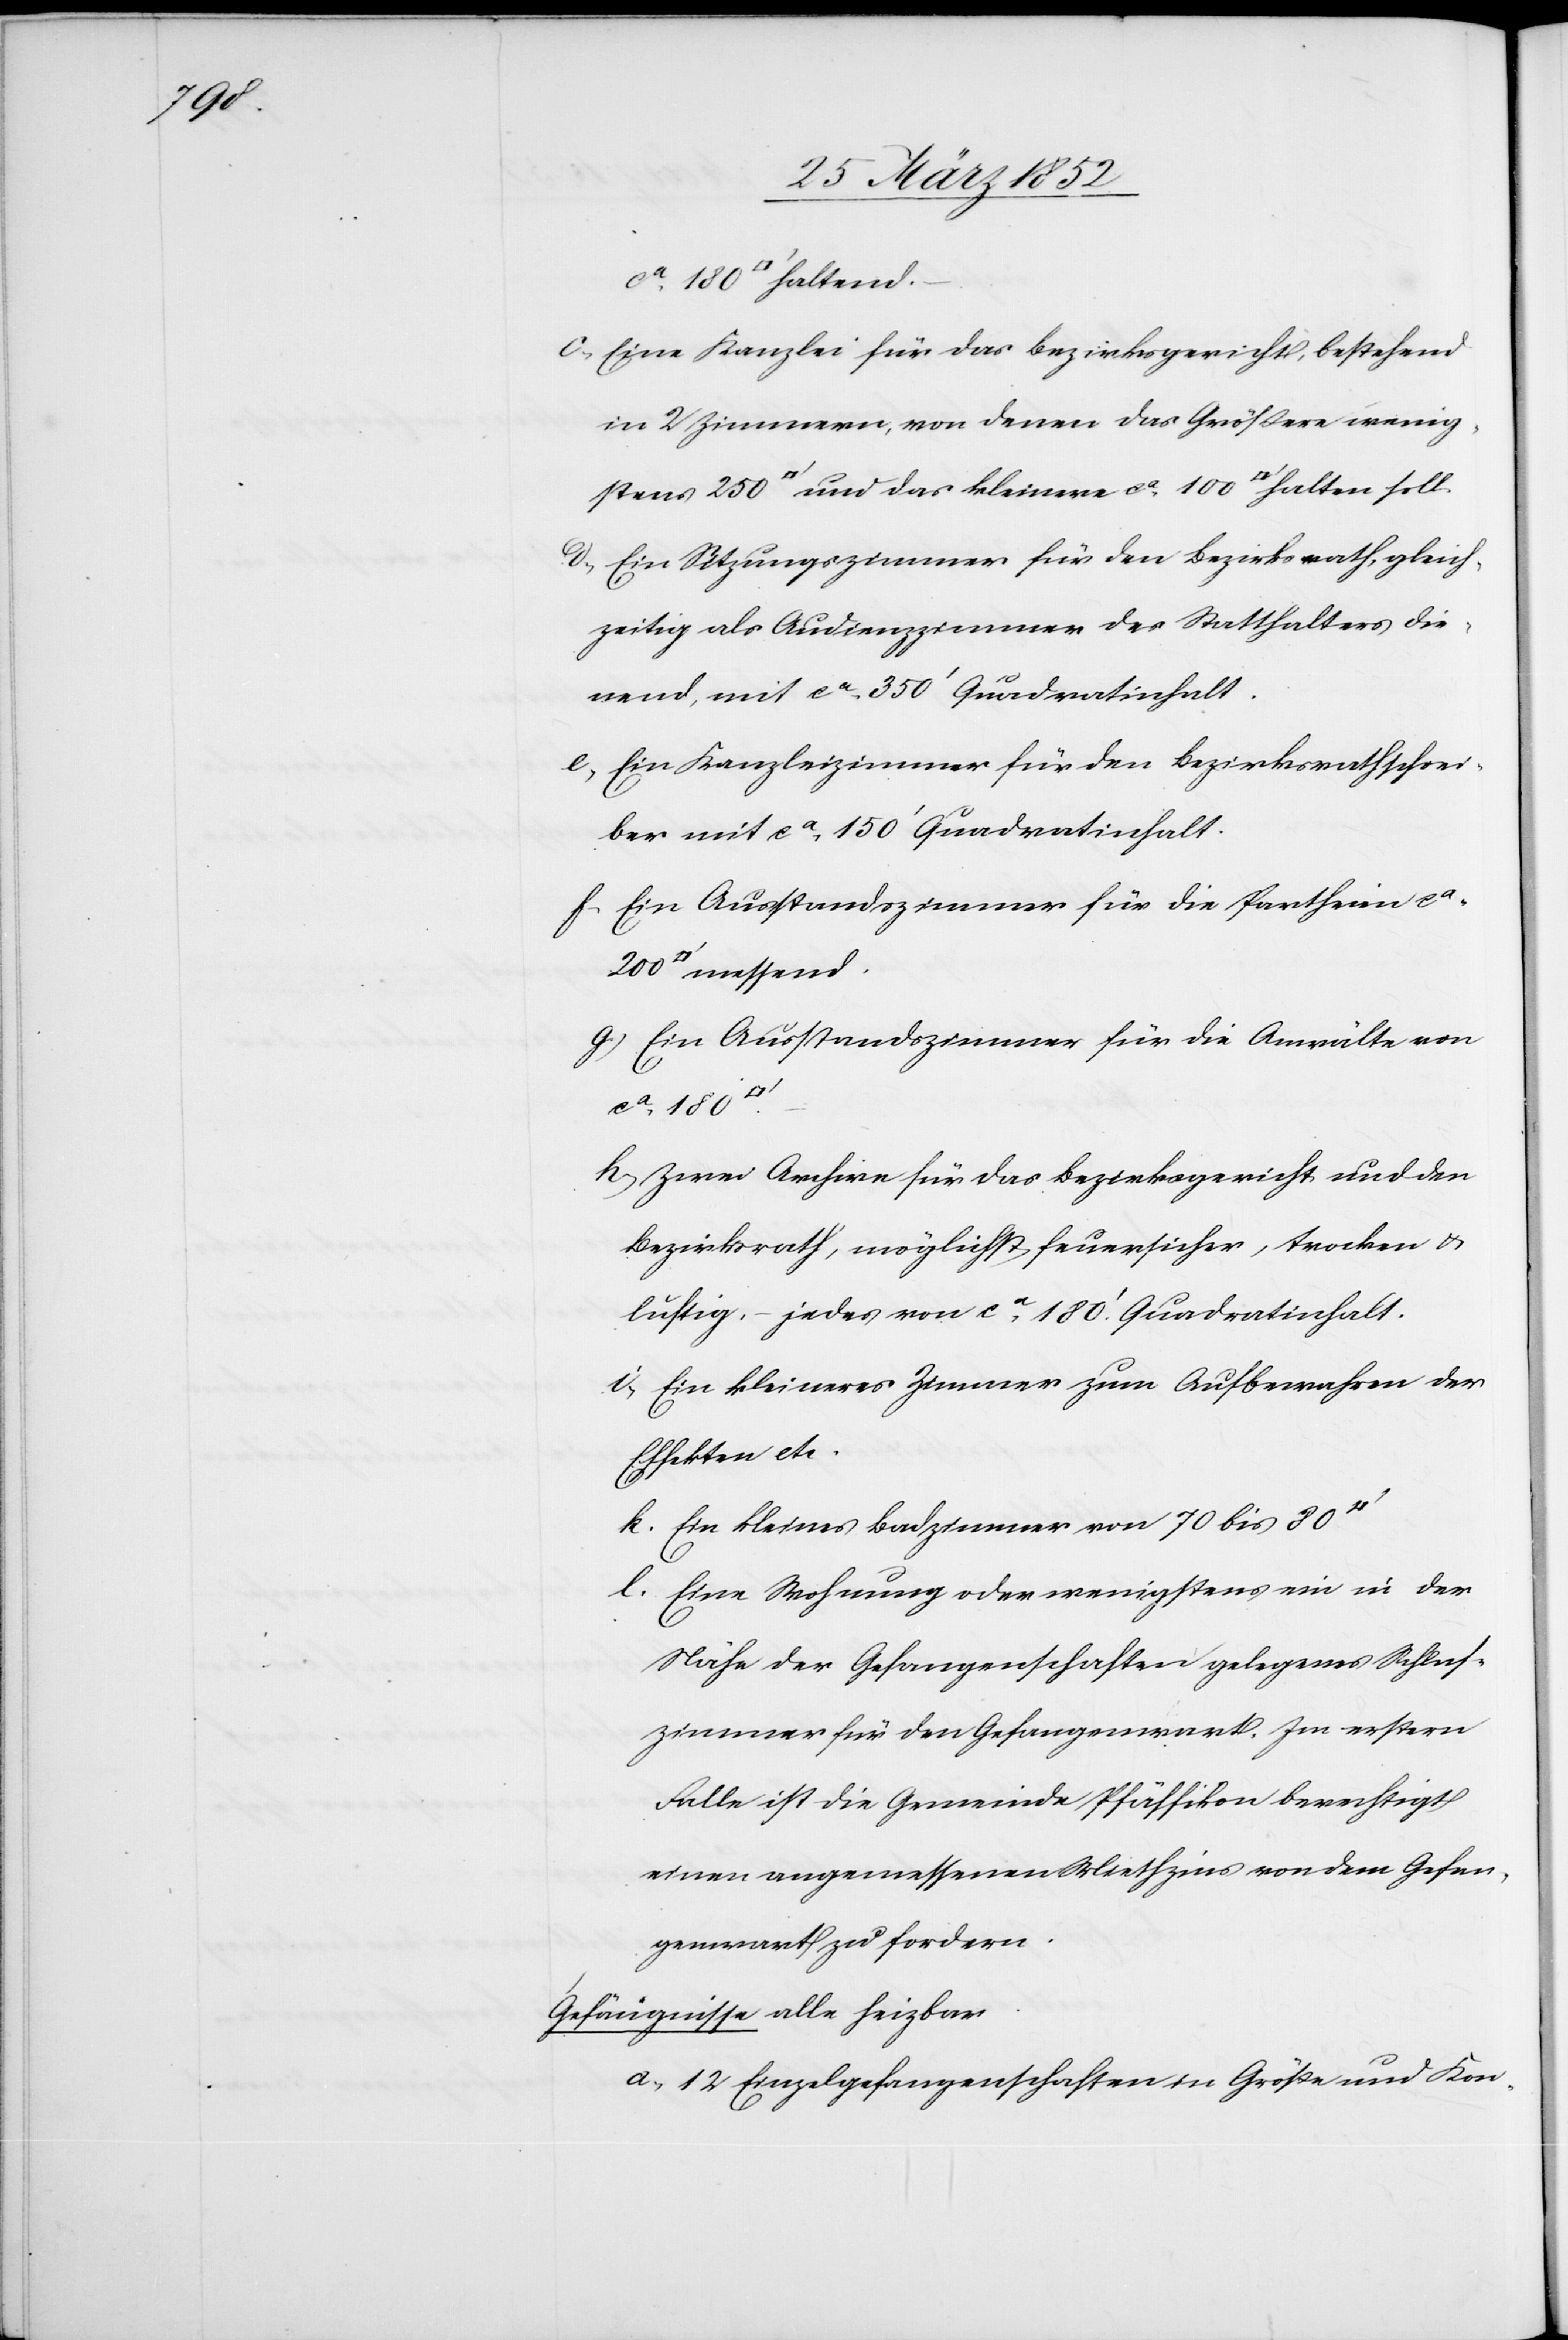
200

Eine Kanzlei für das Bezirksgericht, bestehend
in 2 Zimmern, von denen das Größere wenig¬
Ein Sitzungszimmer für den Bezirksrath, gleich¬
zeitig als Audienzzimmer des Statthalters die¬
nend, mit ca 350‘ Quadratinhalt.
Ein Kanzleizimmer für den Bezirksrathschrei¬
ber mit ca 150‘ Quadratinhalt.
Ein Ausstandszimmer für die Partheien ca
Ein Ausstandszimmer für die Anwälte von
ca 180
Zwei Archive für das Bezirksgericht und den
Bezirksrath, möglichst feuersicher, trocken u.
luftig. – jedes von ca 180‘ Quadratinhalt
Ein kleineres Zimmer zum Aufbewahren der
Effekten etc.
Ein kleines Badzimmer von 70 bis 80
Eine Wohnung oder wenigstens ein in der
Nähe der Gefangenschaften gelegenes Schlaf¬
zimmer für den Gefangenwart. Im erstern
Falle ist die Gemeinde Pfäffikon berechtigt
einen angemessenen Miethzins von dem Gefan¬
genwart zu fordern.
Gefängnisse alle heizbar.
12 Einzelgefangenschaften in Größe und Kon-